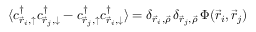
\langle c _ { \vec { r } _ { i } , \uparrow } ^ { \dag } c _ { \vec { r } _ { j } , \downarrow } ^ { \dag } - c _ { \vec { r } _ { j } , \uparrow } ^ { \dag } c _ { \vec { r } _ { i } , \downarrow } ^ { \dag } \rangle = \delta _ { \vec { r } _ { i } , \vec { \rho } } \, \delta _ { \vec { r } _ { j } , \vec { \rho } } \, \Phi ( \vec { r } _ { i } , \vec { r } _ { j } )